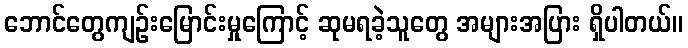
ဘောင်တွေကျဉ်းမြောင်းမှုကြောင့် ဆုမရခဲ့သူတွေ အများအပြား ရှိပါတယ်။